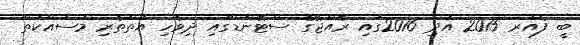
ބީ ފެއަރ 2015 އަދި 2016ގައި ރާއްޖޭގެ ސްޓޭންޑްގައި ދިވެހި އަތްތެރި މަސައްކަތް